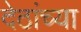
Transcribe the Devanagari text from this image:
देठांच्या